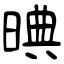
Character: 晪